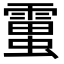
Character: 𧒜